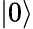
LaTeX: |0\rangle